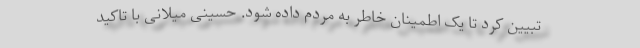
تبیین کرد تا یک اطمینان خاطر به مردم داده شود. حسینی میلانی با تاکید